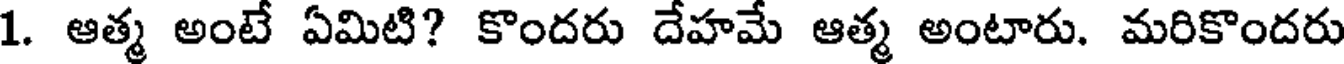
1. ఆత్మ అంటే ఏమిటి? కొందరు దేహమే ఆత్మ అంటారు. మరికొందరు